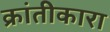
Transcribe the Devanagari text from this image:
क्रांतीकारा